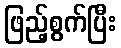
ဖြည့်စွက်ပြီး